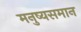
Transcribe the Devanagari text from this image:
मनुष्यसमान